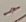
Text: -